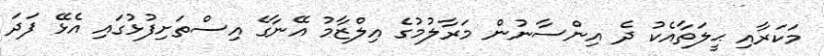
މަކަރާއި ޙީލަތާއެކު ދެ އިންސާނުން މަރާލުމުގެ އިލްޒާމު އޭނާގެ އިސްތަށިފުޅުގައި އެޅޭ ފަދަ